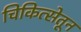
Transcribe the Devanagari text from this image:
चिकित्सेतून